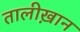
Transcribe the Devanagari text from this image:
तालीख़ान